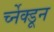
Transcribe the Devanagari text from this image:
र्च्नेक्डून